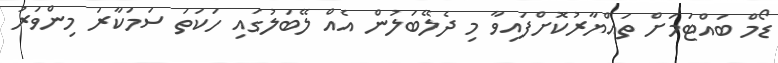
ޑޯމް ބައްޓަމަށް ތައްޔާރުކޮށްފައިވާ މި ދެލޭބަލުން އެއް ލޭބަލުގައި ހަކަތަ ސަމަކާރަ މިންވަރު